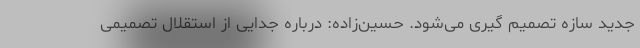
جدید سازه تصمیم گیری می‌شود. حسین‌زاده: درباره جدایی از استقلال تصمیمی